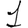
Digit: 1